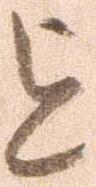
を